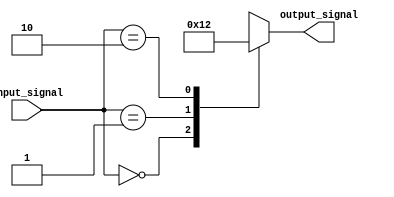
module XBasedCaseStatement (
    input wire [2:0] input_signal,
    output wire [3:0] output_signal
);

reg [3:0] result;

always @ (*) begin
    case(input_signal)
        3'b000: result = 4'b0000;
        3'b001: result = 4'b0001;
        3'b010: result = 4'b0010;
        default: result = 4'bxxxx; // X-based default behavior
    endcase
end

assign output_signal = result;

endmodule